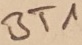
Text: BT1